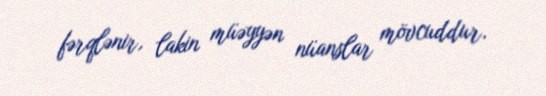
fərqlənir, lakin müəyyən nüanslar mövcuddur.